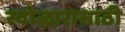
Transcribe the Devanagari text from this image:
स्वोद्धारासाठी